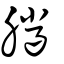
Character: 臘